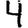
Digit: 4